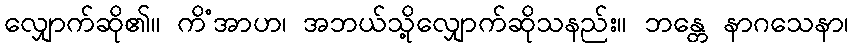
လျှောက်ဆို၏။ ကိံအာဟ၊ အဘယ်သို့လျှောက်ဆိုသနည်း။ ဘန္တေ နာဂသေနာ၊